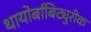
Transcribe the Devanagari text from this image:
थायोर्बाबिट्युरीक